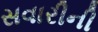
સવારીની